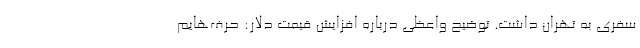
سفری به تهران داشت. توضیح واعظی درباره افزایش قیمت دلار: حرف‌هایم